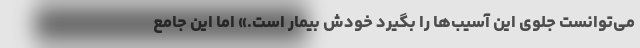
می‌توانست جلوی این آسیب‌ها را بگیرد خودش بیمار است.» اما این جامع